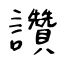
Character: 讚